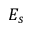
E _ { s }